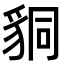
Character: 𧳆